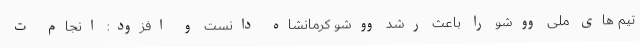
تیم های ملی ووشو را باعث رشد ووشو کرمانشاه دانست و افزود: انجام ت